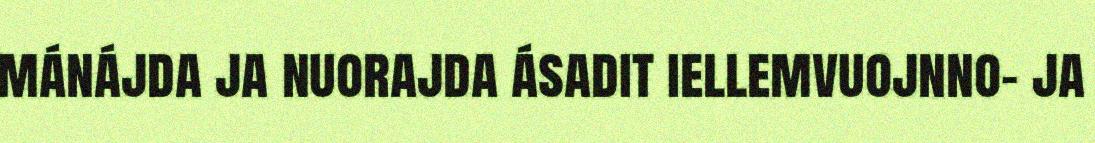
mánájda ja nuorajda ásadit iellemvuojnno- ja